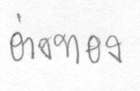
อ่างทอง